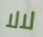
لالا